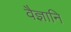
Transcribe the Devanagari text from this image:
वैज्ञानि